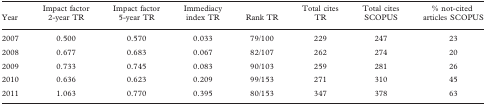
<table><thead><tr><td><b>Year</b></td><td><b>Impact factor 2-year TR</b></td><td><b>Impact factor 5-year TR</b></td><td><b>Immediacy index TR</b></td><td><b>Rank TR</b></td><td><b>Total cites TR</b></td><td><b>Total cites SCOPUS</b></td><td><b>% not-cited articles SCOPUS</b></td></tr></thead><tbody><tr><td>2007</td><td>0.500</td><td>0.570</td><td>0.033</td><td>79/100</td><td>229</td><td>247</td><td>23</td></tr><tr><td>2008</td><td>0.677</td><td>0.683</td><td>0.067</td><td>82/107</td><td>262</td><td>274</td><td>20</td></tr><tr><td>2009</td><td>0.733</td><td>0.745</td><td>0.083</td><td>90/103</td><td>259</td><td>281</td><td>26</td></tr><tr><td>2010</td><td>0.636</td><td>0.623</td><td>0.209</td><td>99/153</td><td>271</td><td>310</td><td>45</td></tr><tr><td>2011</td><td>1.063</td><td>0.770</td><td>0.395</td><td>80/153</td><td>347</td><td>378</td><td>63</td></tr></tbody></table>